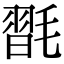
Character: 𣯮